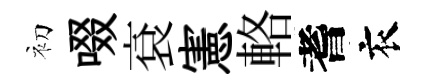
初啜袞憲輅耆衣